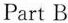
Part B